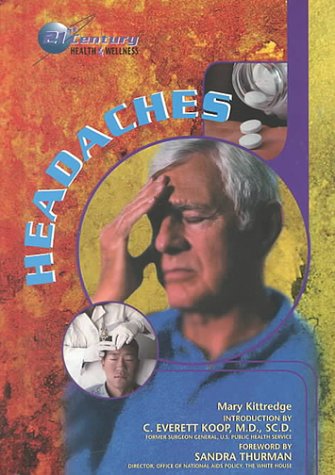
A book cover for Headaches (21st Century Health & Wellness); Mary Kittredge; Health, Fitness & Dieting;